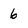
Character: 6